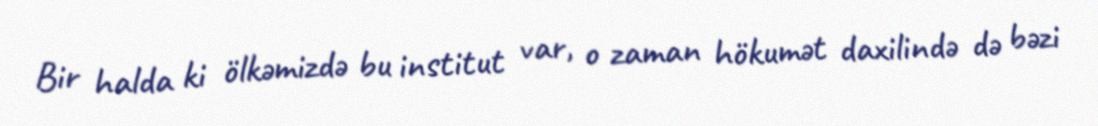
Bir halda ki ölkəmizdə bu institut var, o zaman hökumət daxilində də bəzi